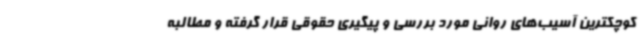
کوچکترین آسیب‌های روانی مورد بررسی و پیگیری حقوقی قرار گرفته و مطالبه